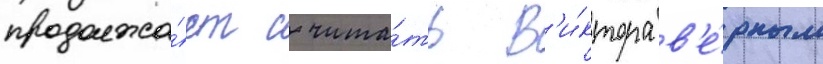
продолжа́ет счита́ть в'и́ктора в'е́рным